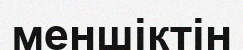
меншіктін